Indian journal of veterinary science and animal husbandry - Volumes 22-23, 1952-1953
Year: 1952
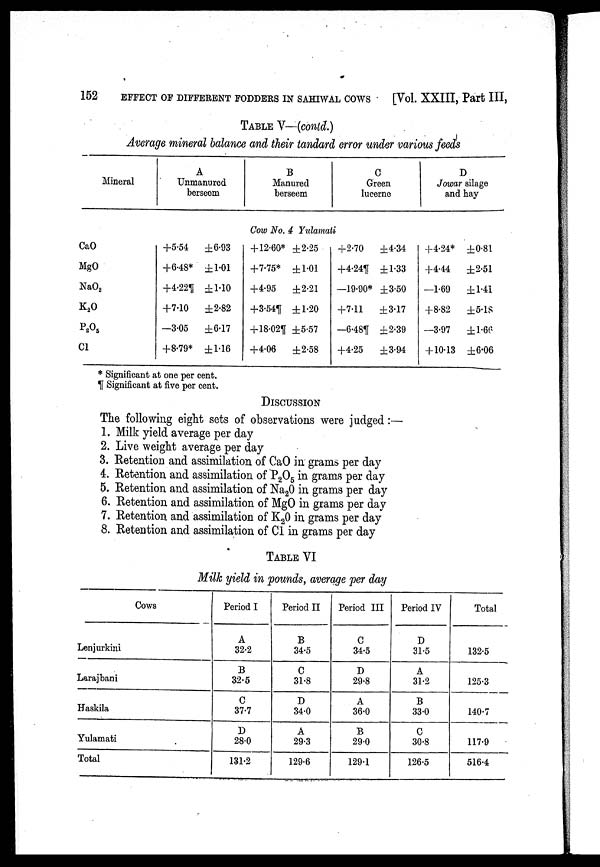
152
EFFECT OF DIFFERENT FODDERS IN SAHIWAL COWS
[Vol. XXIII, Part III,
TABLE V—(contd.)
Average mineral balance and their tandard error under various feeds
Mineral
CaO
MgO
NaO 2
K 2 O
P 2 O 5
Cl
A
Unmanured
berseem
+5.54
+6.48*
+4.22¶
+7.10
—3.05
+8.79*
±6.93
±1.01
±1.10
±2.82
±6.17
±1.16
B
Manured
berseem
C
Green
lucerne
Cow No. 4 Yulamati
+12.60*
+7.75*
+4.95
+3.54¶
+18.02¶
+4.06
±2.25
±1.01
±2.21
±1.20
±5.57
±2.58
+2.70
+4.24¶
—19.90*
+7.11
—6.48¶
+4.25
±4.34
±1.33
±3.50
±3.17
±2.39
±3.94
D
Jowar silage
and hay
+4.24*
+4.44
—1.69
+8.82
—3.97
+10.13
+0.81
±2.51
±1.41
±5.18
±1.66
±6.06
* Significant at one per cent.
¶ Significant at five per cent.
DISCUSSION
The following eight sets of observations were judged :—
1. Milk yield average per day
2. Live weight average per day
3. Retention and assimilation of CaO in grams per day
4. Retention and assimilation of P 2 O 5 in grams per day
5. Retention and assimilation of Na 2 O in grams per day
6. Retention and assimilation of MgO in grams per day
7. Retention and assimilation of K 2 O in grams per day
8. Retention and assimilation of Cl in grams per day
TABLE VI
Milk yield in pounds, average per day
Cows
Lenjurkini
Larajbani
Haskila
Yulamati
Total
Period I
A
32.2
B
32.5
C
37.7
D
28.0
131.2
Period II
B
34.5
C
31.8
D
34.0
A
29.3
129.6
Period III
C
34.5
D
29.8
A
36.0
B
29.0
129.1
Period IV
D
31.5
A
31.2
B
33.0
C
30.8
126.5
Total
132.5
125.3
140.7
117.9
516.4